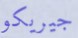
جيريكو